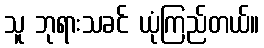
သူ ဘုရားသခင် ယုံကြည်တယ်။